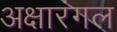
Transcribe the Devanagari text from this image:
अक्षारंगल